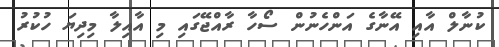
ކުނާލް އާއި އޭނާގެ އަންހެނުން ސޯހާ ރާއްޖޭގައި މި އާއިލާ މިދިޔަ ހުކުރު